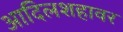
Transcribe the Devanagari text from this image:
आदिलशहावर